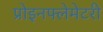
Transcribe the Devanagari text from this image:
प्रोइनफ्लेमेटरी